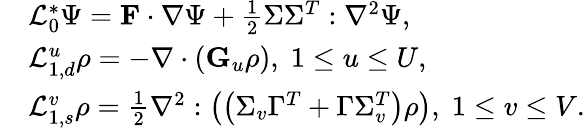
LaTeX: \begin{array}{rl}&{\mathcal{L}_{0}^{\ast}\Psi=\mathbf{F}\cdot\nabla\Psi+\frac{1}{2}\Sigma\Sigma^{T}:\nabla^{2}\Psi,}\\ &{\mathcal{L}_{1,d}^{u}\rho=-\nabla\cdot\left(\mathbf{G}_{u}\rho\right),\; 1\leq u\leq U,}\\ &{\mathcal{L}_{1,s}^{v}\rho=\frac{1}{2}\nabla^{2}:\left(\left(\Sigma_{v}\Gamma^{T}+\Gamma\Sigma_{v}^{T}\right)\rho\right),\; 1\leq v\leq V.}\end{array}